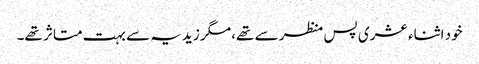
خود اثناء عشری پس منظر سے تھے، مگر زیدیہ سے بہت متاثر تھے۔